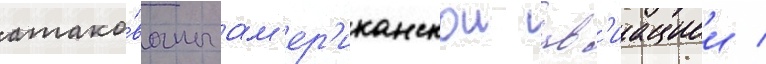
атако́ваны ам'ер'иканскои ав'иациеи /